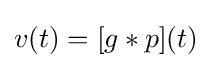
v(t)=[g*p](t)